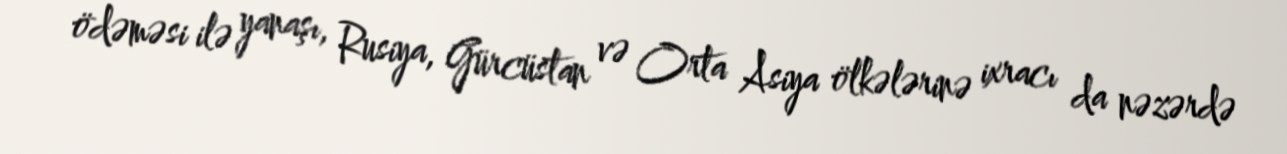
ödəməsi ilə yanaşı, Rusiya, Gürcüstan və Orta Asiya ölkələrinə ixracı da nəzərdə